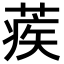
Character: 蒺